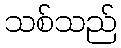
သစ်သည်